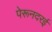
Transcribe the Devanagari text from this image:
पेरूनदरई